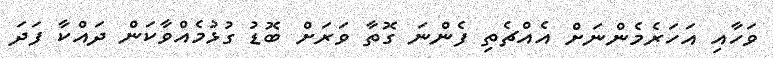
ވަހާއި އަހަރެމެންނަށް އެއްޗެތި ފެންނަ ގޮތާ ވަރަށް ބޮޑު ގުޅުމެއްވާކަން ދައްކާ ފަދަ